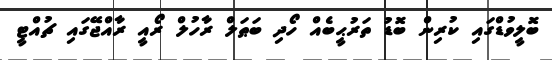
ބޮލީވުޑްގައި ކުރިން ބޮޑު ތަރުޙީބެއް ހޯދި ބަޠަލް ރާހުލް ރޯއީ ރާއްޖޭގައި ޗުއްޓީ